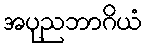
အပုညဘာဂိယံ